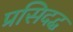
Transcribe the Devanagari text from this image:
प्रसिदद्ध